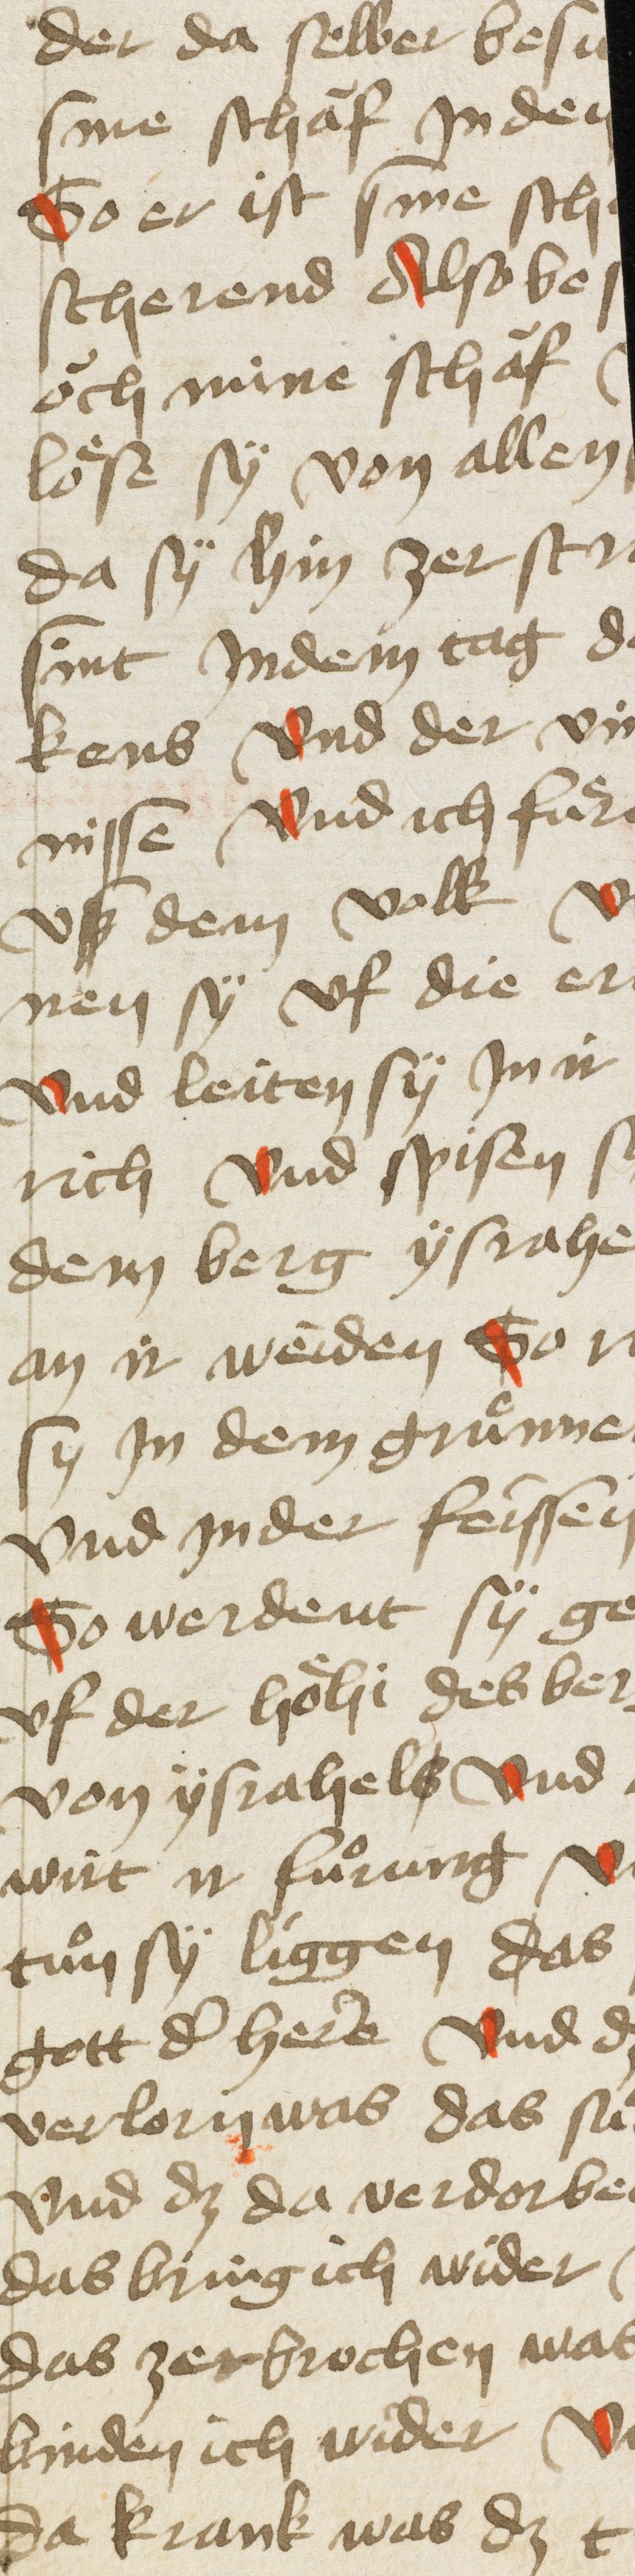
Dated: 1405–1435